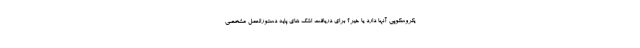
یکروسکوپی آنها دارد یا خیر؟ برای دریافت اشک های پایه دستورالعمل مشخصی